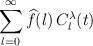
LaTeX: \begin{align*}\sum_{l=0}^\infty\widehat f(l)\,C_l^\lambda(t)\end{align*}